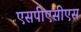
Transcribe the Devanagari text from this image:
एसपीएसीएस